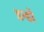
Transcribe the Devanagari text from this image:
डन्डों